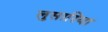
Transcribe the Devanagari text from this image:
लुसारिया